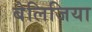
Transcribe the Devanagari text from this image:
बेलिजिया